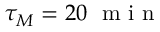
\tau _ { M } = 2 0 ~ \mathrm { ~ m ~ i ~ n ~ }